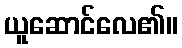
ယူဆောင်လေ၏။